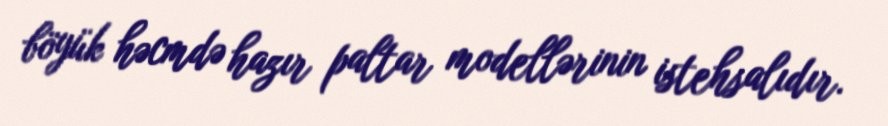
böyük həcmdə hazır paltar modellərinin istehsalıdır.